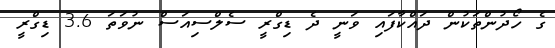
ގެ ހޯދުންތަކުން ދައްކާފައި ވަނީ ދެ ޑިގްރީ ސެލްސިއަސް ނުވަތަ 3.6 ޑިގްރީ